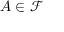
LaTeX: A \in { \mathcal { F } }